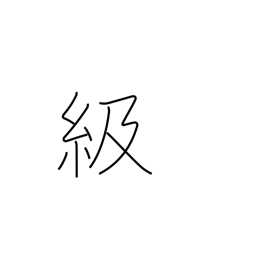
Meaning: rank